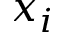
x _ { i }